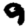
Digit: 9